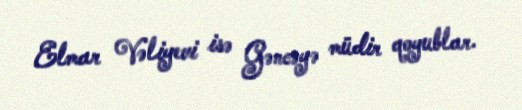
Elmar Vəliyevi isə Gəncəyə müdir qoyublar.